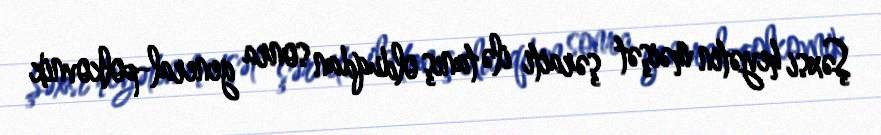
Şəxsi heyətin məişət şəraiti ilə tanış olduqdan sonra general-polkovnik